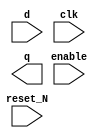
////////////////////////////////////////////////////////////////////////////////
//
//       This confidential and proprietary software may be used only
//     as authorized by a licensing agreement from Synopsys Inc.
//     In the event of publication, the following notice is applicable:
//
//                    (C) COPYRIGHT 1996 - 2016 SYNOPSYS INC.
//                           ALL RIGHTS RESERVED
//
//       The entire notice above must be reproduced on all authorized
//     copies.
//
//
// VERSION:   Simulation Architecture
//
// DesignWare_version: 4f36b129
// DesignWare_release: K-2015.06-DWBB_201506.5.2
//
////////////////////////////////////////////////////////////////////////////////
//-----------------------------------------------------------------------------------
//
// ABSTRACT:  
//
//	        Add parameter checking and x-handling
//              Reto Zimmermann  Nov 02, 1999
//              Rewrite (separating sequential and combinatorial code)
//           
//---------------------------------------------------------------------------------
//
module DW03_reg_s_pl
  (d, clk, reset_N, enable, q);

  parameter width = 8;
  parameter reset_value = 0;

  input  [width-1:0] d;
  input  clk, reset_N, enable;
  output [width-1:0] q;
  
  reg  [width-1:0] q_int, next_q_int;

  // synopsys translate_off
  

  
 
  initial begin : parameter_check
    integer param_err_flg;

    param_err_flg = 0;
    
 
    
    if (width < 1 ) begin
      param_err_flg = 1;
      $display(
	"ERROR: %m :\n  Invalid value (%d) for parameter width (lower bound: 1 )",
	width );
    end

    if (width <= 31) begin
      if ( (reset_value < 0) || (reset_value > (1<<width)-1 ) ) begin
	param_err_flg = 1;
	$display ("ERROR: %m : Invalid value (%d) for parameter, reset_value (legal range: 0 through %d )",
		  reset_value, (1<<width)-1);
      end
    end
    else if (reset_value != 0) begin
      param_err_flg = 1;
      $display ("ERROR: %m : Invalid value (%d) for parameter, reset_value (legal value for width >=32: 0)",
		reset_value);
    end
  
  
    if ( param_err_flg == 1) begin
      $display(
        "%m :\n  Simulation aborted due to invalid parameter value(s)");
      $finish;
    end

  end // parameter_check 



  always @ (enable or reset_N or d or q_int)
  begin : mk_next_q_int

    if (reset_N === 1'b0)
      next_q_int = reset_value;

    else if (reset_N === 1'b1)
      if (enable === 1'b1)
	next_q_int = d;

      else if (enable === 1'b0)
	next_q_int = q_int;

      else
	next_q_int = {width{1'bx}};

    else
      next_q_int = {width{1'bx}};

  end // mk_next_q_int
  
  
  always @ (posedge clk)
  begin : clk_register

    q_int <= next_q_int;

  end // clk_register
  

  assign q = q_int;

  
  
  always @ (clk) begin : clk_monitor 
    if ( (clk !== 1'b0) && (clk !== 1'b1) && ($time > 0) )
      $display( "WARNING: %m :\n  at time = %t, detected unknown value, %b, on clk input.",
                $time, clk );
    end // clk_monitor 

    
  // synopsys translate_on
 
 
endmodule